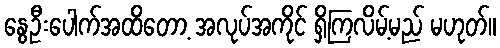
နွေဦးပေါက်အထိတော့ အလုပ်အကိုင် ရှိကြလိမ့်မည် မဟုတ်။